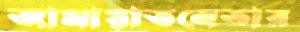
জামায়াতনেতার